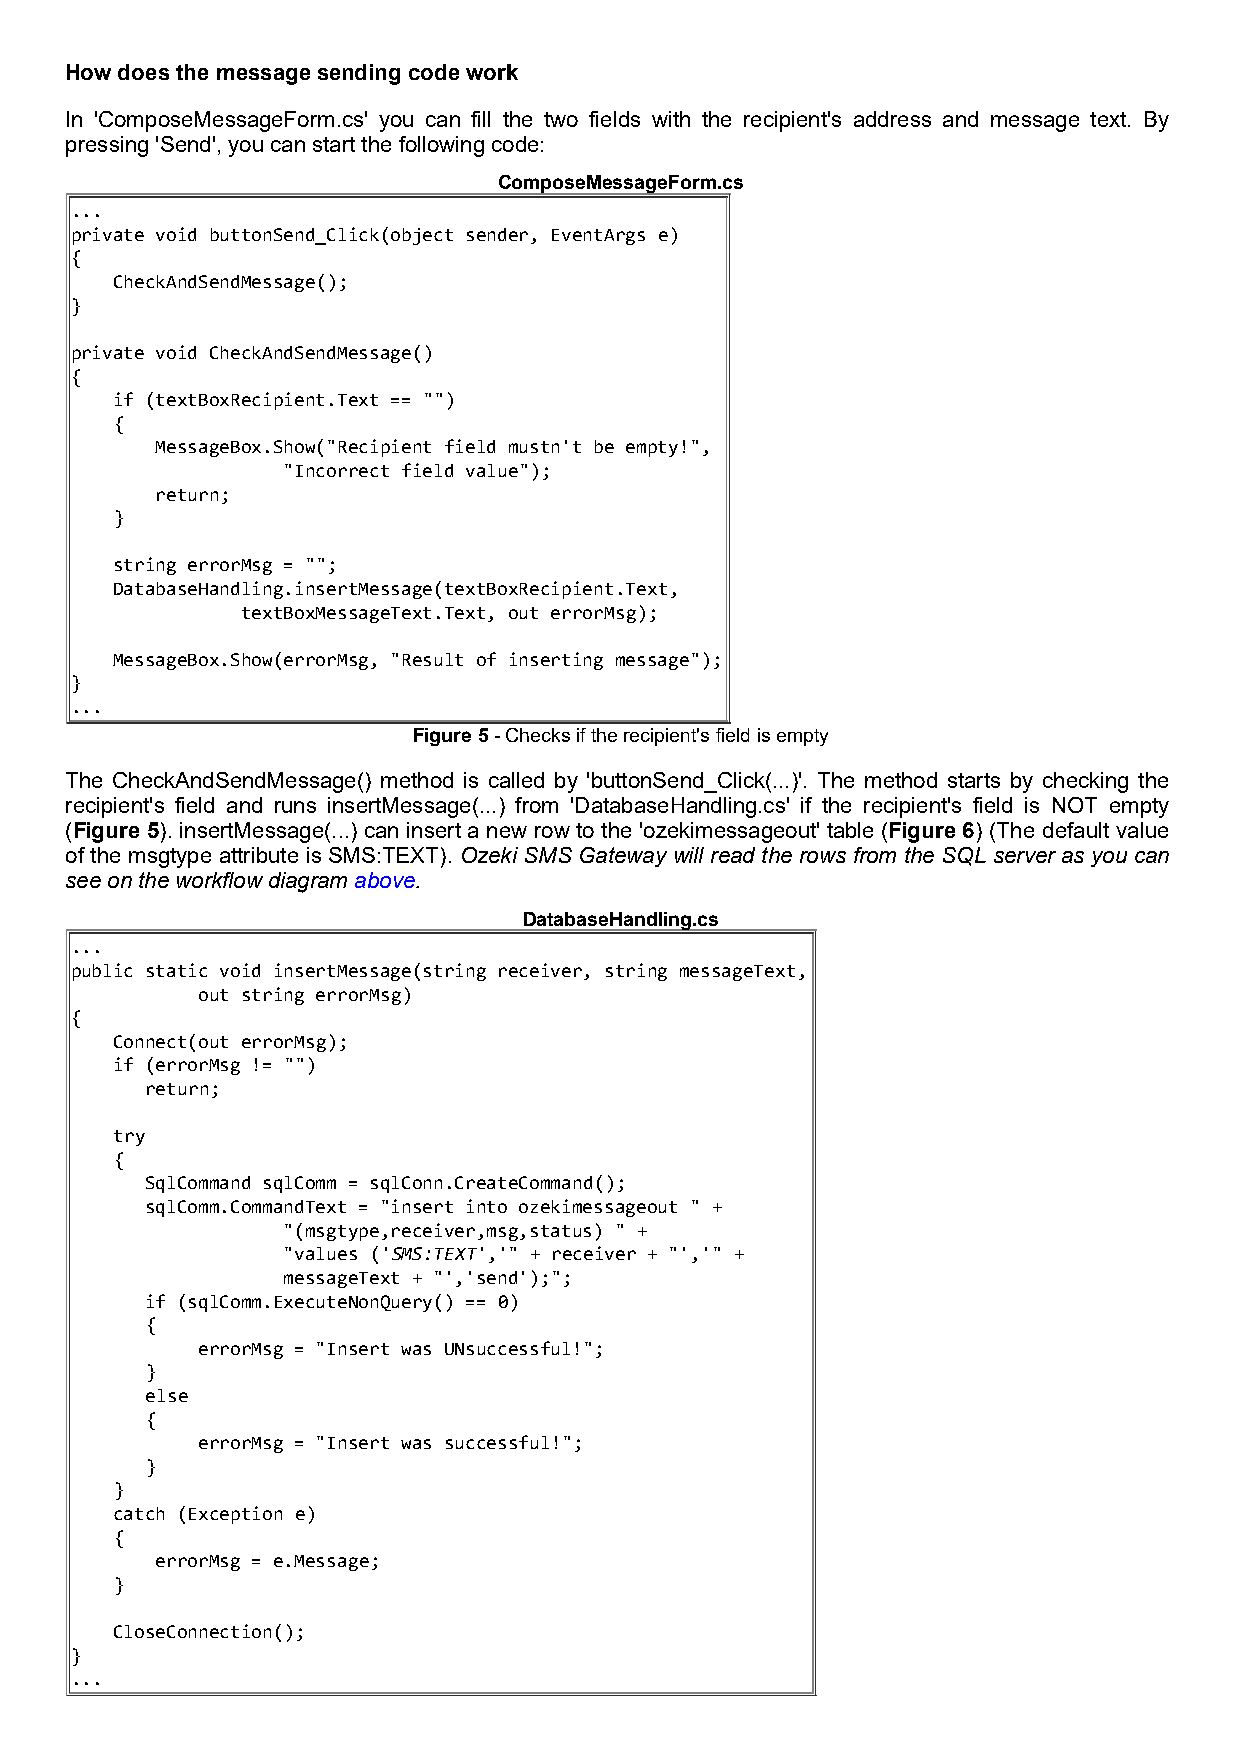
How does the message sending code work
 In 'ComposeMessageForm.cs' you can fill the two fields with the recipient's address and message text. By
 pressing 'Send', you can start the following code:
 ComposeMessageForm.cs
 ...
 private void buttonSend_Click(object sender, EventArgs e)
 {
 CheckAndSendMessage();
 }
 private void CheckAndSendMessage()
 {
 if (textBoxRecipient.Text == "")
 {
 MessageBox.Show("Recipient field mustn't be empty!",
 "Incorrect field value");
 return;
 }
 string errorMsg = "";
 DatabaseHandling.insertMessage(textBoxRecipient.Text,
 textBoxMessageText.Text, out errorMsg);
 MessageBox.Show(errorMsg, "Result of inserting message");
 }
 ...
 Figure 5 - Checks if the recipient's field is empty
 The CheckAndSendMessage() method is called by 'buttonSend_Click(...)'. The method starts by checking the
 recipient's field and runs insertMessage(...) from 'DatabaseHandling.cs' if the recipient's field is NOT empty
 (Figure 5). insertMessage(...) can insert a new row to the 'ozekimessageout' table (Figure 6) (The default value
 of the msgtype attribute is SMS:TEXT). Ozeki SMS Gateway will read the rows from the SQL server as you can
 see on the workflow diagram above.
 DatabaseHandling.cs
 ...
 public static void insertMessage(string receiver, string messageText,
 out string errorMsg)
 {
 Connect(out errorMsg);
 if (errorMsg != "")
 return;
 try
 {
 SqlCommand sqlComm = sqlConn.CreateCommand();
 sqlComm.CommandText = "insert into ozekimessageout " +
 "(msgtype,receiver,msg,status) " +
 "values ('SMS:TEXT','" + receiver + "','" +
 messageText + "','send');";
 if (sqlComm.ExecuteNonQuery() == 0)
 {
 errorMsg = "Insert was UNsuccessful!";
 }
 else
 {
 errorMsg = "Insert was successful!";
 }
 }
 catch (Exception e)
 {
 errorMsg = e.Message;
 }
 CloseConnection();
 }
 ...